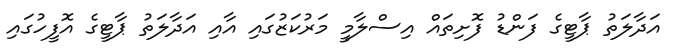
އަދާލަތު ޕާޓީގެ ފަންޑު ފޮށިތައް އިސްލާމީ މަރުކަޒުގައި އާއި އަދާލަތު ޕާޓީގެ އޮފީހުގައި